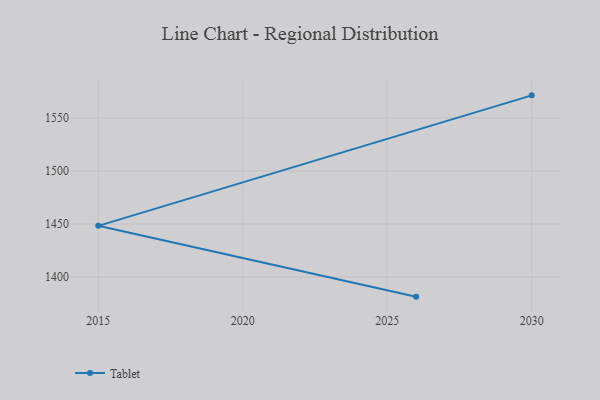
{"axis": {"x": "Year", "y": "Humidity (%)"}, "legend": ["Tablet"], "data": [{"x": "2030", "y": 1571.4, "type": "Tablet"}, {"x": "2015", "y": 1448.3, "type": "Tablet"}, {"x": "2026", "y": 1381.5, "type": "Tablet"}]}